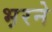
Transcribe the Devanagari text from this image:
भ़रने